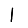
Digit: 1